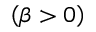
\left( \beta > 0 \right)